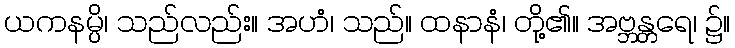
ယကနမ္ပိ၊ သည်လည်း။ အဟံ၊ သည်။ ထနာနံ၊ တို့၏။ အဗ္ဘန္တရေ၊ ၌။